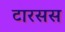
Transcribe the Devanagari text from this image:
टारसस